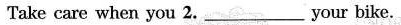
Take care when you 2.___Your bike.